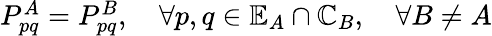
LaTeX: \begin{array}{r}{P_{pq}^{A}=P_{pq}^{B},\quad\forall p,q\in\mathbb{E}_{A}\cap\mathbb{C}_{B},\quad\forall B\ne A}\end{array}